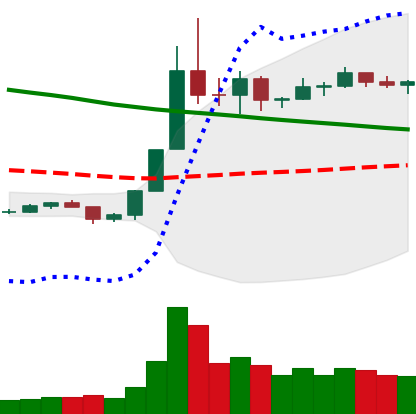
Ticker: NEO-USD
Chart end date: 2019-11-07
Forward return: 8.489%
Label: up_7plus